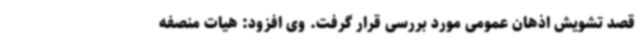
قصد تشویش اذهان عمومی مورد بررسی قرار گرفت. وی افزود: هیات منصفه